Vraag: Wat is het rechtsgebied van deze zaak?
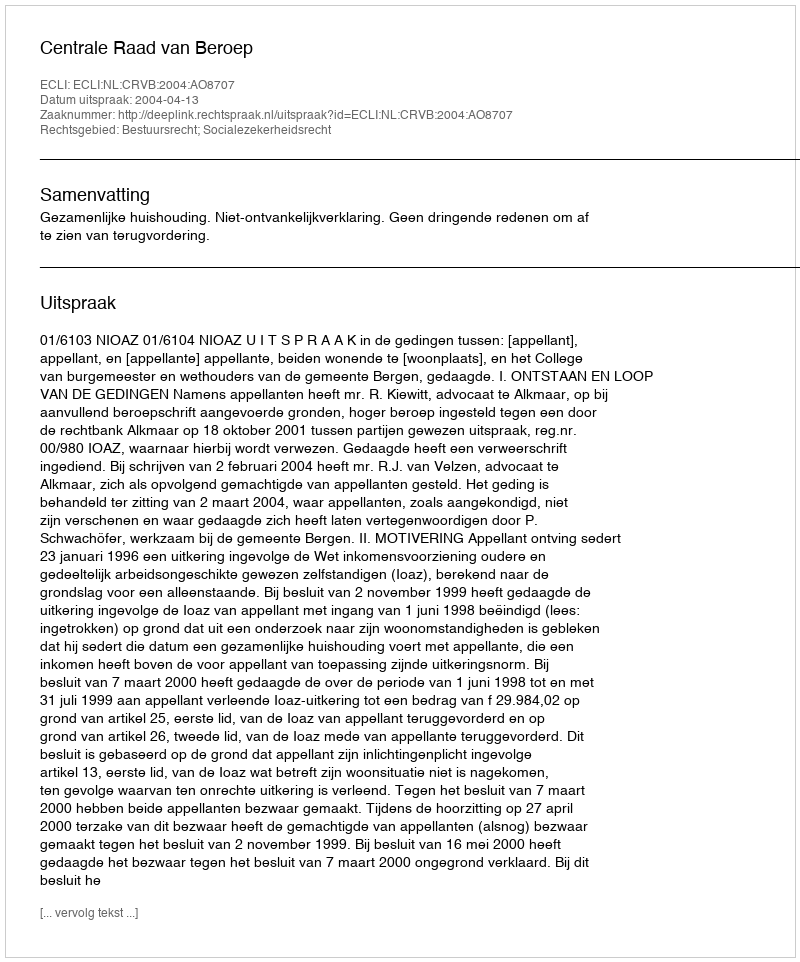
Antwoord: Bestuursrecht; Socialezekerheidsrecht